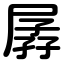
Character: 孱